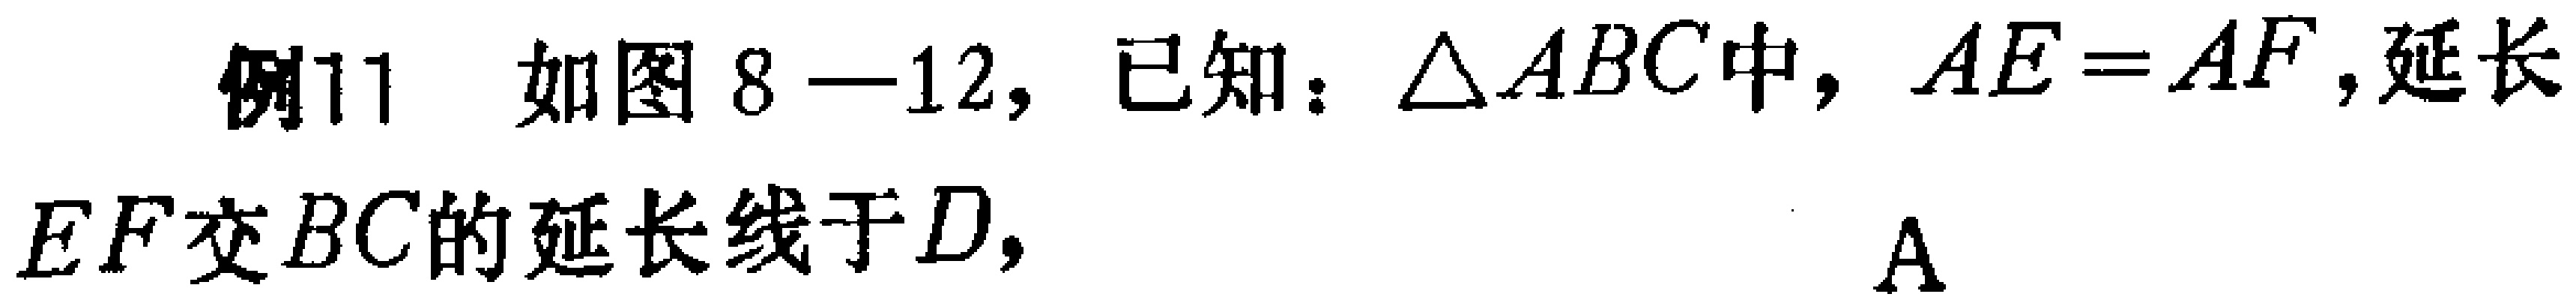
例11 如图8—12，已知：$\triangle ABC$中，$AE = AF$，延长$EF$交$BC$的延长线于$D$，  A